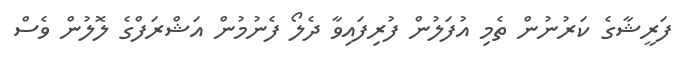
ފަރީޝާގެ ކަރުނުން ތެމި އުފަލުން ފުރިފައިވާ ދެލޯ ފެނުމުން އަޝްރަފްގެ ލޮލުން ވެސް